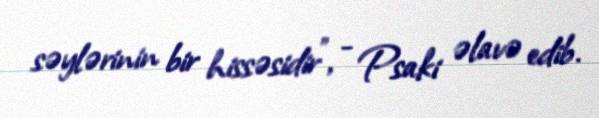
səylərinin bir hissəsidir", - Psaki əlavə edib.